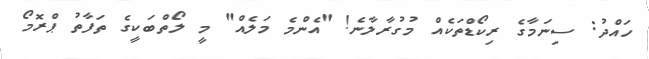
ހައްދު: ސިނަމާގެ ރިކޯޑްތަކެއް މުގުރާލާނެ! "އެންމެ މަލެއް" މީ ލޯތްބަކީގެ ތަފާތު ޕްރޮމޯ